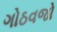
ગોઠવજો